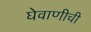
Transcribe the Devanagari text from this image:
घेवाणीची